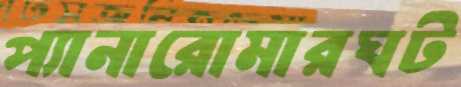
প্যানারোমারঘট